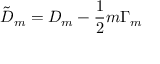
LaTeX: { \tilde { D } } _ { m } = D _ { m } - \frac { 1 } { 2 } m \Gamma _ { m }